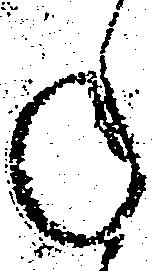
年